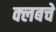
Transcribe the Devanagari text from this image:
क्‍लबचे